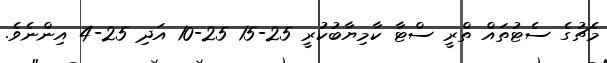
މެޗުގެ ސެޓުތައް ތްރީ ސްޓާ ކާމިޔާބުކުރީ 25-15 25-10 އަދި 25-4 އިންނެވެ.